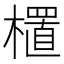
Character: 㯰